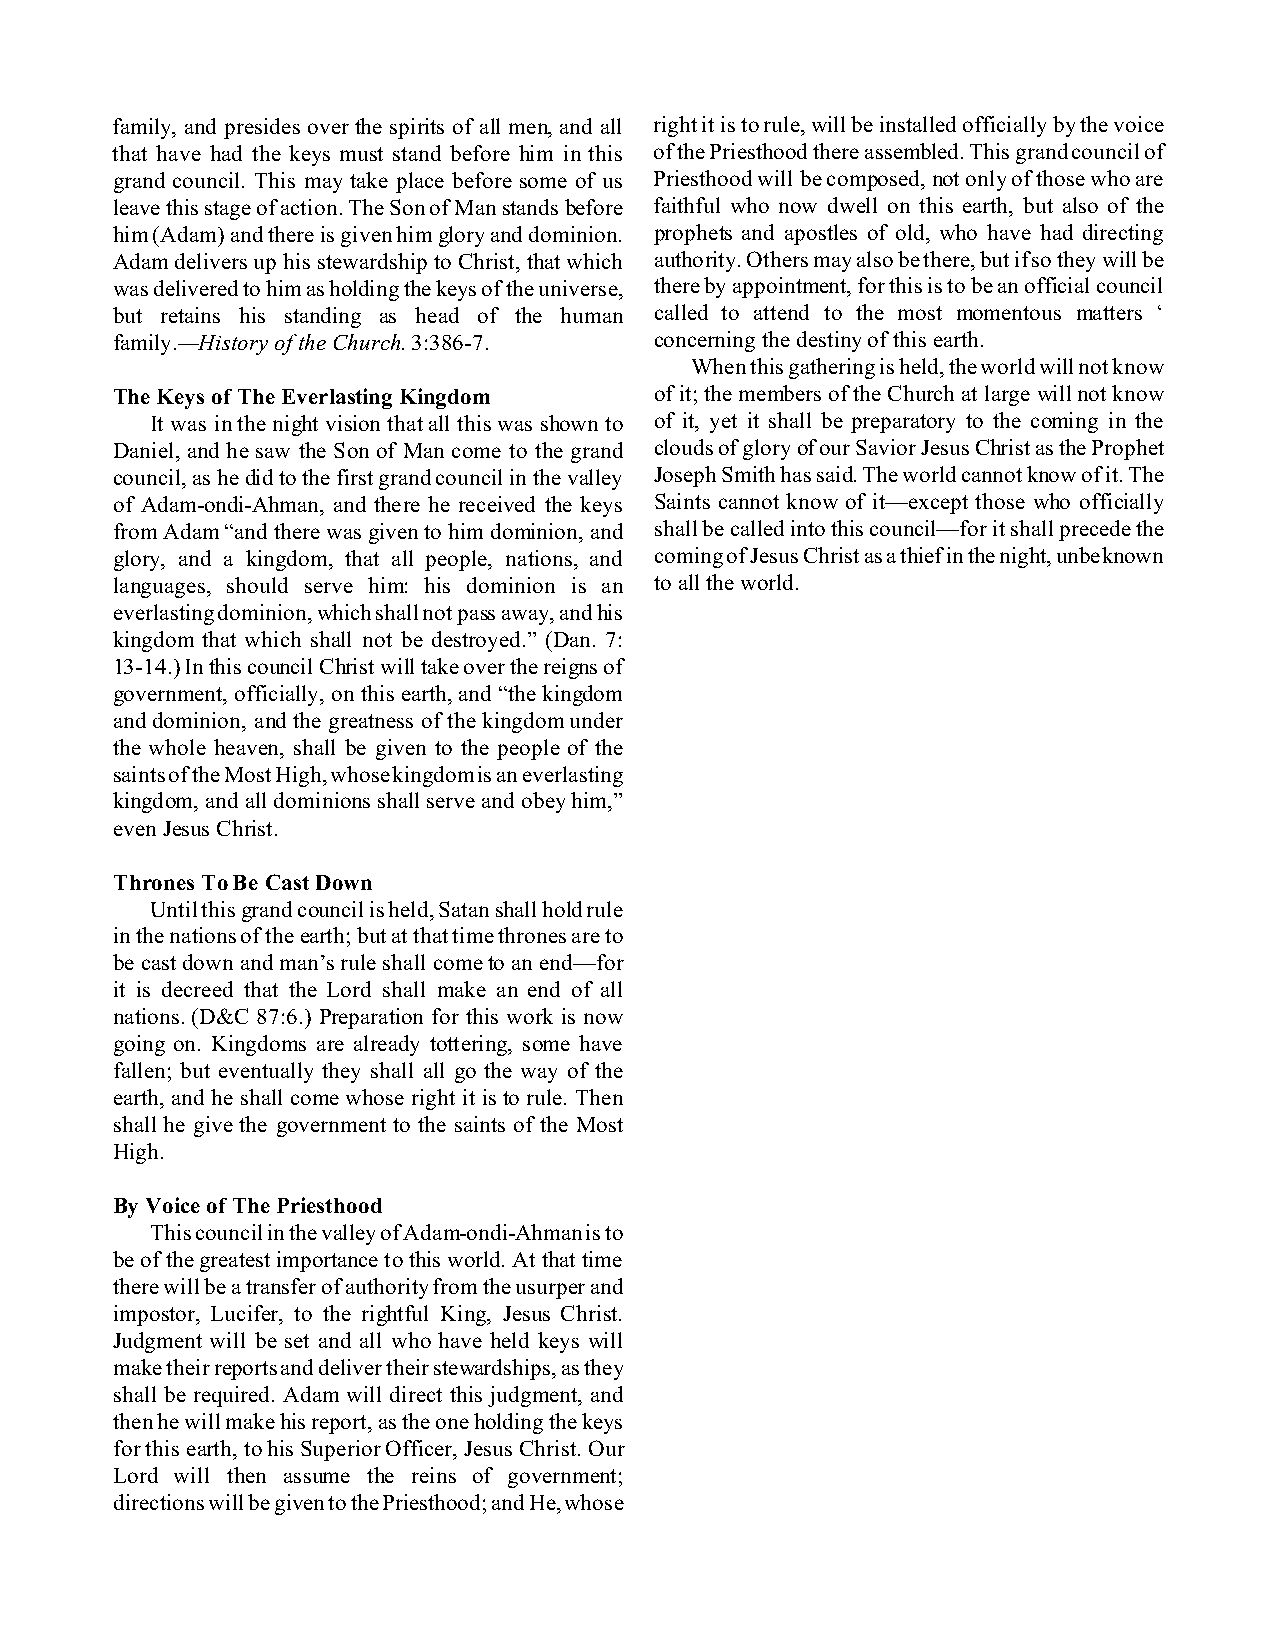
family, and presides over the spirits of all men, and all right it is to rule, will be installed officially by the voice
 that have had the keys must stand before him in this of the Priesthood there assembled. This grand council of
 grand council. This may take place before some of us Priesthood will be composed, not only of those who are
 leave this stage of action. The Son of Man stands before faithful who now dwell on this earth, but also of the
 him (Adam) and there is given him glory and dominion. prophets and apostles of old, who have had directing
 Adam delivers up his stewardship to Christ, that which authority. Others may also be there, but if so they will be
 was delivered to him as holding the keys of the universe, there by appointment, for this is to be an official council
 but retains his standing as head of the human called to attend to the most momentous matters ‘
 family.—History of the Church. 3:386-7. concerning the destiny of this earth.
 When this gathering is held, the world will not know
 The Keys of The Everlasting Kingdom of it; the members of the Church at large will not know
 It was in the night vision that all this was shown to of it, yet it shall be preparatory to the coming in the
 Daniel, and he saw the Son of Man come to the grand clouds of glory of our Savior Jesus Christ as the Prophet
 council, as he did to the first grand council in the valley Joseph Smith has said. The world cannot know of it. The
 of Adam-ondi-Ahman, and there he received the keys Saints cannot know of it—except those who officially
 from Adam “and there was given to him dominion, and shall be called into this council—for it shall precede the
 glory, and a kingdom, that all people, nations, and coming of Jesus Christ as a thief in the night, unbeknown
 languages, should serve him: his dominion is an to all the world.
 everlasting dominion, which shall not pass away, and his
 kingdom that which shall not be destroyed.” (Dan. 7:
 13-14.) In this council Christ will take over the reigns of
 government, officially, on this earth, and “the kingdom
 and dominion, and the greatness of the kingdom under
 the whole heaven, shall be given to the people of the
 saints of the Most High, whose kingdom is an everlasting
 kingdom, and all dominions shall serve and obey him,”
 even Jesus Christ.
 Thrones To Be Cast Down
 Until this grand council is held, Satan shall hold rule
 in the nations of the earth; but at that time thrones are to
 be cast down and man’s rule shall come to an end—for
 it is decreed that the Lord shall make an end of all
 nations. (D&C 87:6.) Preparation for this work is now
 going on. Kingdoms are already tottering, some have
 fallen; but eventually they shall all go the way of the
 earth, and he shall come whose right it is to rule. Then
 shall he give the government to the saints of the Most
 High.
 By Voice of The Priesthood
 This council in the valley of Adam-ondi-Ahman is to
 be of the greatest importance to this world. At that time
 there will be a transfer of authority from the usurper and
 impostor, Lucifer, to the rightful King, Jesus Christ.
 Judgment will be set and all who have held keys will
 make their reports and deliver their stewardships, as they
 shall be required. Adam will direct this judgment, and
 then he will make his report, as the one holding the keys
 for this earth, to his Superior Officer, Jesus Christ. Our
 Lord will then assume the reins of government;
 directions will be given to the Priesthood; and He, whose